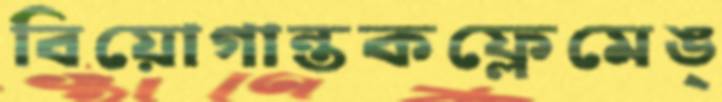
বিয়োগান্তকফ্লেমেঙ্